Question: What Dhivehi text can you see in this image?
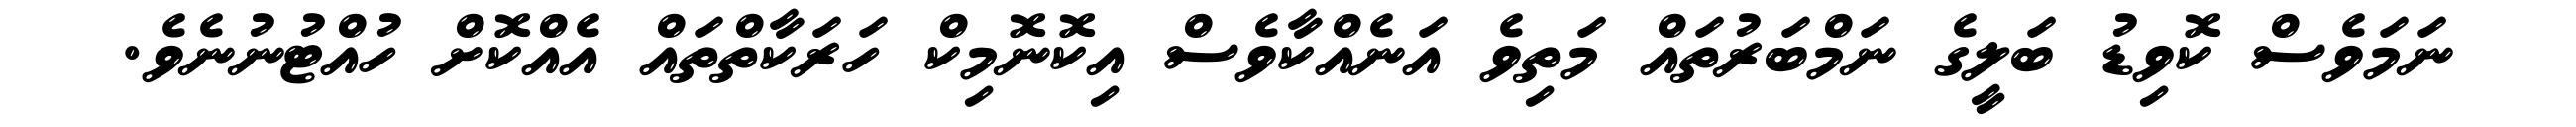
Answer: ނަމަވެސް ކޮވިޑު ބަލީގެ ނަމްބަރުތައް މަތިވެ އަނެއްކާވެސް އިކޮނޮމިކް ހަރަކާތްތައް އެއްކޮށް ހުއްޓުނުނެވެ.